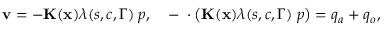
{ \bf v } = - { \bf K } ( { \bf x } ) \lambda ( s , c , \Gamma ) { \bf \nabla } p , \quad - { \bf \nabla } \cdot \left( { \bf K } ( { \bf x } ) \lambda ( s , c , \Gamma ) { \bf \nabla } p \right) = q _ { a } + q _ { o } ,